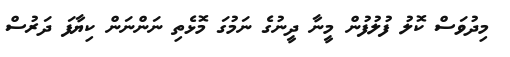
މިދުވަސް ކޮލު ފުލުފުން މީނާ ދީނުގެ ނަމުގަ މޮޅެތި ނަންނަން ކިޔާފަ ދަރުސް